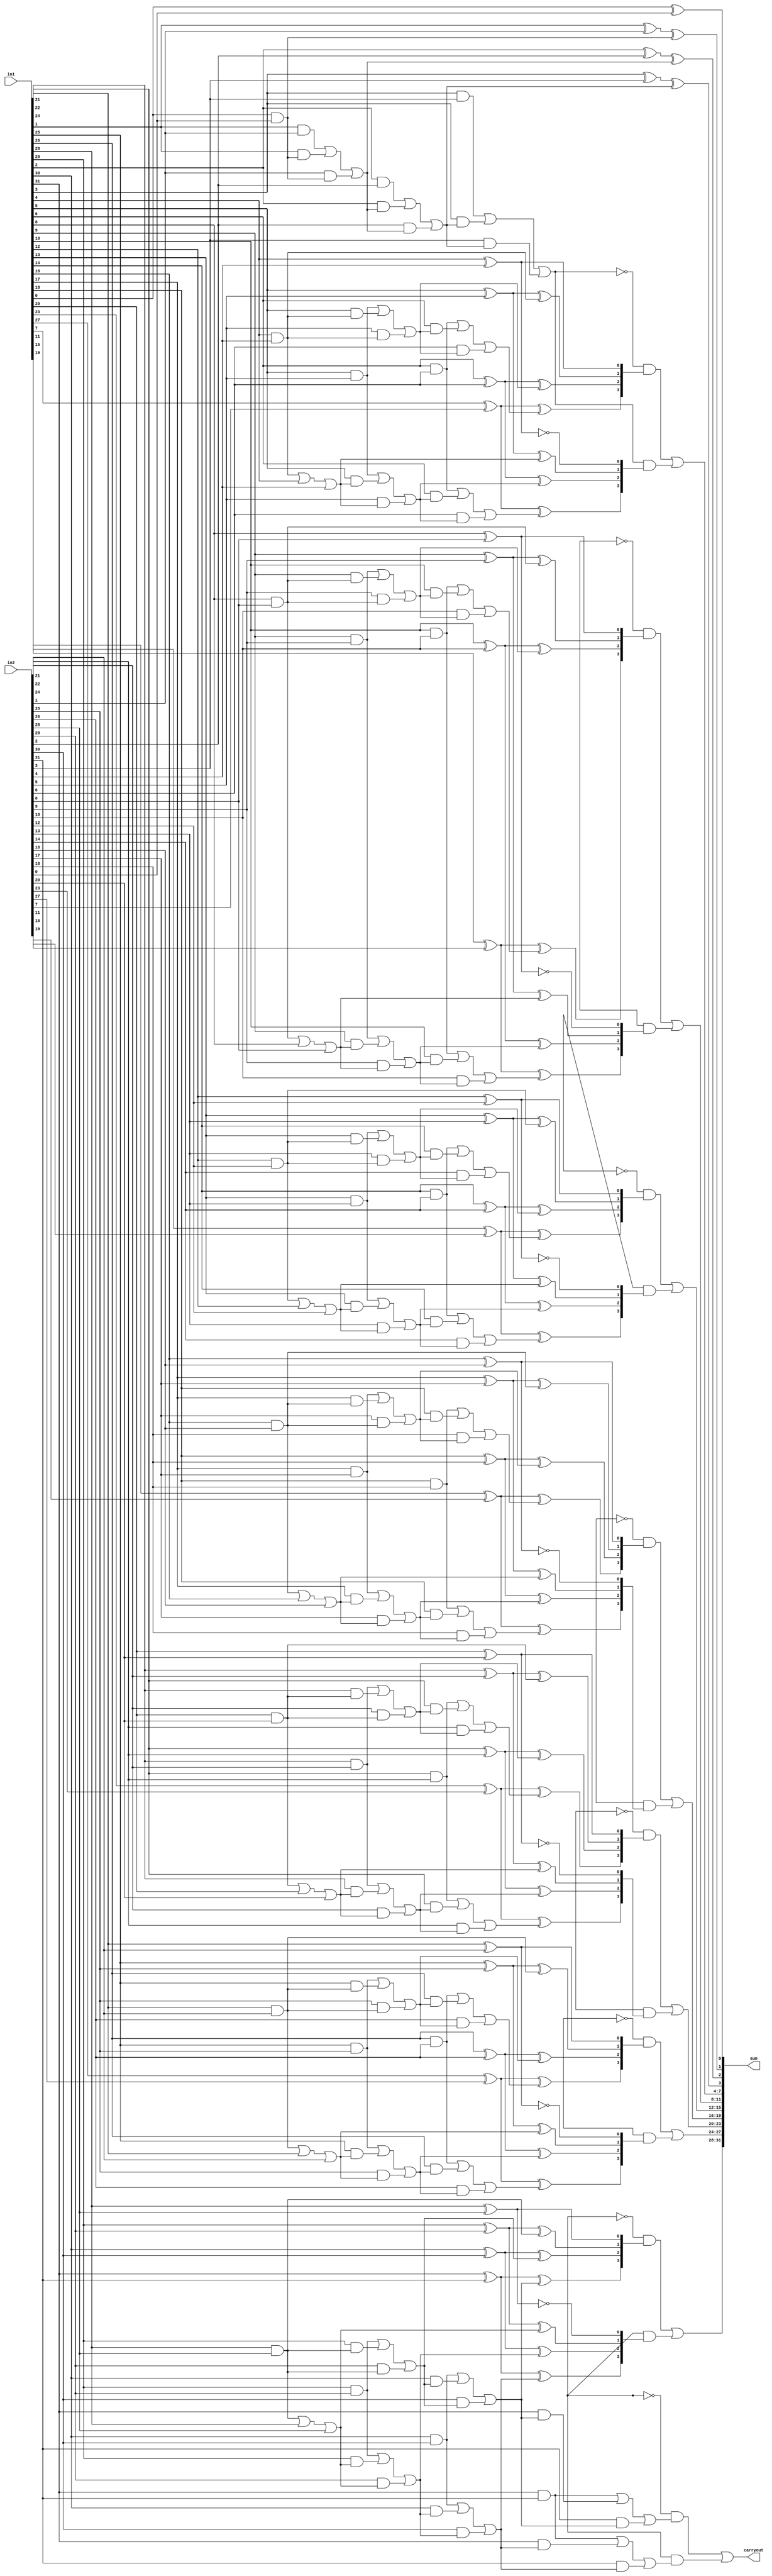
module carryselectadder32_dataflow(sum,carryout,in1,in2);
output[31:0] sum;
output carryout;
input[31:0] in1,in2;
wire carry_0,carry_1,carry_2,carry_3,carry_4,carry_5,carry_6;
wire[3:0] s1,s2,s3,s4,s5,s6,s7,s8,s9,s10,s11,s12,s13,s14;
wire[3:0] c0,c1,c2,c3,c4,c5,c6,c7,c8,c9,c10,c11,c12,c13,c14;
assign sum[0]=in1[0] ^ in2[0] ^ 1'b0;
assign c0[0]=(in1[0] & in2[0])|(in1[0] & 1'b0)|(in2[0] & 1'b0);
assign sum[1]=in1[1] ^ in2[1] ^ c0[0];
assign c0[1]=(in1[1] & in2[1])|(in1[1] & c0[0])|(in2[1] & c0[0]);
assign sum[2]=in1[2] ^ in2[2] ^ c0[1];
assign c0[2]=(in1[2] & in2[2])|(in1[2] & c0[1])|(in2[2] & c0[1]);
assign sum[3]=in1[3] ^ in2[3] ^ c0[2];
assign c0[3]=(in1[3] & in2[3])|(in1[3] & c0[2])|(in2[3] & c0[2]);

assign s1[0]=in1[4] ^ in2[4] ^ 1'b0;
assign c1[0]=(in1[4] & in2[4])|(in1[4] & 1'b0)|(in2[4] & 1'b0);
assign s1[1]=in1[5] ^ in2[5] ^ c1[0];
assign c1[1]=(in1[5] & in2[5])|(in1[5] & c1[0])|(in2[5] & c1[0]);
assign s1[2]=in1[6] ^ in2[6] ^ c1[1];
assign c1[2]=(in1[6] & in2[6])|(in1[6] & c1[1])|(in2[6] & c1[1]);
assign s1[3]=in1[7] ^ in2[7] ^ c1[2];
assign c1[3]=(in1[7] & in2[7])|(in1[7] & c1[2])|(in2[7] & c1[2]);

assign s2[0]=in1[4] ^ in2[4] ^ 1'b1;
assign c2[0]=(in1[4] & in2[4])|(in1[4] & 1'b1)|(in2[4] & 1'b1);
assign s2[1]=in1[5] ^ in2[5] ^ c2[0];
assign c2[1]=(in1[5] & in2[5])|(in1[5] & c2[0])|(in2[5] & c2[0]);
assign s2[2]=in1[6] ^ in2[6] ^ c2[1];
assign c2[2]=(in1[6] & in2[6])|(in1[6] & c2[1])|(in2[6] & c2[1]);
assign s2[3]=in1[7] ^ in2[7] ^ c2[2];
assign c2[3]=(in1[7] & in2[7])|(in1[7] & c2[2])|(in2[7] & c2[2]);

assign s3[0]=in1[8] ^ in2[8] ^ 1'b0;
assign c3[0]=(in1[8] & in2[8])|(in1[8] & 1'b0)|(in2[8] & 1'b0);
assign s3[1]=in1[9] ^ in2[9] ^ c3[0];
assign c3[1]=(in1[9] & in2[9])|(in1[9] & c3[0])|(in2[9] & c3[0]);
assign s3[2]=in1[10] ^ in2[10] ^ c3[1];
assign c3[2]=(in1[10] & in2[10])|(in1[10] & c3[1])|(in2[10] & c3[1]);
assign s3[3]=in1[11] ^ in2[11] ^ c3[2];
assign c3[3]=(in1[11] & in2[11])|(in1[11] & c3[2])|(in2[11] & c3[2]);

assign s4[0]=in1[8] ^ in2[8] ^ 1'b1;
assign c4[0]=(in1[8] & in2[8])|(in1[8] & 1'b1)|(in2[8] & 1'b1);
assign s4[1]=in1[9] ^ in2[9] ^ c4[0];
assign c4[1]=(in1[9] & in2[9])|(in1[9] & c4[0])|(in2[9] & c4[0]);
assign s4[2]=in1[10] ^ in2[10] ^ c4[1];
assign c4[2]=(in1[10] & in2[10])|(in1[10] & c4[1])|(in2[10] & c4[1]);
assign s4[3]=in1[11] ^ in2[11] ^ c4[2];
assign c4[3]=(in1[11] & in2[11])|(in1[11] & c4[2])|(in2[11] & c4[2]);

assign s5[0]=in1[12] ^ in2[12] ^ 1'b0;
assign c5[0]=(in1[12] & in2[12])|(in1[12] & 1'b0)|(in2[12] & 1'b0);
assign s5[1]=in1[13] ^ in2[13] ^ c5[0];
assign c5[1]=(in1[13] & in2[13])|(in1[13] & c5[0])|(in2[13] & c5[0]);
assign s5[2]=in1[14] ^ in2[14] ^ c5[1];
assign c5[2]=(in1[14] & in2[14])|(in1[14] & c5[1])|(in2[14] & c5[1]);
assign s5[3]=in1[15] ^ in2[15] ^ c5[2];
assign c5[3]=(in1[15] & in2[15])|(in1[15] & c5[2])|(in2[15] & c5[2]);

assign s6[0]=in1[12] ^ in2[12] ^ 1'b1;
assign c6[0]=(in1[12] & in2[12])|(in1[12] & 1'b1)|(in2[12] & 1'b1);
assign s6[1]=in1[13] ^ in2[13] ^ c6[0];
assign c6[1]=(in1[13] & in2[13])|(in1[13] & c6[0])|(in2[13] & c6[0]);
assign s6[2]=in1[14] ^ in2[14] ^ c6[1];
assign c6[2]=(in1[14] & in2[14])|(in1[14] & c6[1])|(in2[14] & c6[1]);
assign s6[3]=in1[15] ^ in2[15] ^ c6[2];
assign c6[3]=(in1[15] & in2[15])|(in1[15] & c6[2])|(in2[15] & c6[2]);

assign s7[0]=in1[16] ^ in2[16] ^ 1'b0;
assign c7[0]=(in1[16] & in2[16])|(in1[16] & 1'b0)|(in2[16] & 1'b0);
assign s7[1]=in1[17] ^ in2[17] ^ c7[0];
assign c7[1]=(in1[17] & in2[17])|(in1[17] & c7[0])|(in2[17] & c7[0]);
assign s7[2]=in1[18] ^ in2[18] ^ c7[1];
assign c7[2]=(in1[18] & in2[18])|(in1[18] & c7[1])|(in2[18] & c7[1]);
assign s7[3]=in1[19] ^ in2[19] ^ c7[2];
assign c7[3]=(in1[19] & in2[19])|(in1[19] & c7[2])|(in2[19] & c7[2]);

assign s8[0]=in1[16] ^ in2[16] ^ 1'b1;
assign c8[0]=(in1[16] & in2[16])|(in1[16] & 1'b1)|(in2[16] & 1'b1);
assign s8[1]=in1[17] ^ in2[17] ^ c8[0];
assign c8[1]=(in1[17] & in2[17])|(in1[17] & c8[0])|(in2[17] & c8[0]);
assign s8[2]=in1[18] ^ in2[18] ^ c8[1];
assign c8[2]=(in1[18] & in2[18])|(in1[18] & c8[1])|(in2[18] & c8[1]);
assign s8[3]=in1[19] ^ in2[19] ^ c8[2];
assign c8[3]=(in1[19] & in2[19])|(in1[19] & c8[2])|(in2[19] & c8[2]);

assign s9[0]=in1[20] ^ in2[20] ^ 1'b0;
assign c9[0]=(in1[20] & in2[20])|(in1[20] & 1'b0)|(in2[20] & 1'b0);
assign s9[1]=in1[21] ^ in2[21] ^ c9[0];
assign c9[1]=(in1[21] & in2[21])|(in1[21] & c9[0])|(in2[21] & c9[0]);
assign s9[2]=in1[22] ^ in2[22] ^ c9[1];
assign c9[2]=(in1[22] & in2[22])|(in1[22] & c9[1])|(in2[22] & c9[1]);
assign s9[3]=in1[23] ^ in2[23] ^ c9[2];
assign c9[3]=(in1[23] & in2[23])|(in1[23] & c9[2])|(in2[23] & c9[2]);

assign s10[0]=in1[20] ^ in2[20] ^ 1'b1;
assign c10[0]=(in1[20] & in2[20])|(in1[20] & 1'b1)|(in2[20] & 1'b1);
assign s10[1]=in1[21] ^ in2[21] ^ c10[0];
assign c10[1]=(in1[21] & in2[21])|(in1[21] & c10[0])|(in2[21] & c10[0]);
assign s10[2]=in1[22] ^ in2[22] ^ c10[1];
assign c10[2]=(in1[22] & in2[22])|(in1[22] & c10[1])|(in2[22] & c10[1]);
assign s10[3]=in1[23] ^ in2[23] ^ c10[2];
assign c10[3]=(in1[23] & in2[23])|(in1[23] & c10[2])|(in2[23] & c10[2]);

assign s11[0]=in1[24] ^ in2[24] ^ 1'b0;
assign c11[0]=(in1[24] & in2[24])|(in1[24] & 1'b0)|(in2[24] & 1'b0);
assign s11[1]=in1[25] ^ in2[25] ^ c11[0];
assign c11[1]=(in1[25] & in2[25])|(in1[25] & c11[0])|(in2[25] & c11[0]);
assign s11[2]=in1[26] ^ in2[26] ^ c11[1];
assign c11[2]=(in1[26] & in2[26])|(in1[26] & c11[1])|(in2[26] & c11[1]);
assign s11[3]=in1[27] ^ in2[27] ^ c11[2];
assign c11[3]=(in1[27] & in2[27])|(in1[27] & c11[2])|(in2[27] & c11[2]);

assign s12[0]=in1[24] ^ in2[24] ^ 1'b1;
assign c12[0]=(in1[24] & in2[24])|(in1[24] & 1'b1)|(in2[24] & 1'b1);
assign s12[1]=in1[25] ^ in2[25] ^ c12[0];
assign c12[1]=(in1[25] & in2[25])|(in1[25] & c12[0])|(in2[25] & c12[0]);
assign s12[2]=in1[26] ^ in2[26] ^ c12[1];
assign c12[2]=(in1[26] & in2[26])|(in1[26] & c12[1])|(in2[26] & c12[1]);
assign s12[3]=in1[27] ^ in2[27] ^ c12[2];
assign c12[3]=(in1[27] & in2[27])|(in1[27] & c12[2])|(in2[27] & c12[2]);

assign s13[0]=in1[28] ^ in2[28] ^ 1'b0;
assign c13[0]=(in1[28] & in2[28])|(in1[28] & 1'b0)|(in2[28] & 1'b0);
assign s13[1]=in1[29] ^ in2[29] ^ c13[0];
assign c13[1]=(in1[29] & in2[29])|(in1[29] & c13[0])|(in2[29] & c13[0]);
assign s13[2]=in1[30] ^ in2[30] ^ c13[1];
assign c13[2]=(in1[30] & in2[30])|(in1[30] & c13[1])|(in2[30] & c13[1]);
assign s13[3]=in1[31] ^ in2[31] ^ c13[2];
assign c13[3]=(in1[31] & in2[31])|(in1[31] & c13[2])|(in2[31] & c13[2]);

assign s14[0]=in1[28] ^ in2[28] ^ 1'b1;
assign c14[0]=(in1[28] & in2[28])|(in1[28] & 1'b1)|(in2[28] & 1'b1);
assign s14[1]=in1[29] ^ in2[29] ^ c14[0];
assign c14[1]=(in1[29] & in2[29])|(in1[29] & c14[0])|(in2[29] & c14[0]);
assign s14[2]=in1[30] ^ in2[30] ^ c14[1];
assign c14[2]=(in1[30] & in2[30])|(in1[30] & c14[1])|(in2[30] & c14[1]);
assign s14[3]=in1[31] ^ in2[31] ^ c14[2];
assign c14[3]=(in1[31] & in2[31])|(in1[31] & c14[2])|(in2[31] & c14[2]);

assign carry_0=c0[3];

assign sum[7:4]=(~(carry_0) & s1) | (carry_0 & s2);
assign carry1=(~(carry_0) & c1[3]) | (carry_0 & c2[3]);

assign sum[11:8]=(~(carry_1) & s3) | (carry_1 & s4);
assign carrry2=(~(carry_1) & c3[3]) | (carry_1 & c4[3]);

assign sum[15:12]=(~(carry_2) & s5) | (carry_2 & s6);
assign car3=(~(carry_2) & c5[3]) | (carry_2 & c6[3]);

assign sum[19:16]=(~(carry_3) & s7) | (carry_3 & s8);
assign car4=(~(carry_3) & c7[3]) | (carry_3 & c8[3]);

assign sum[23:20]=(~(carry_4) & s9) | (carry_4 & s10);
assign car5=(~(carry_4) & c9[3]) | (carry_4 & c10[3]);

assign sum[27:24]=(~(carry_5) & s11) | (carry_5 & s12);
assign car6=(~(carry_5) & c11[3]) | (carry_5 & c12[3]);

assign sum[31:28]=(~(carry_6) & s13) | (carry_6 & s14);
assign carryout=(~(carry_6) & c13[3]) | (carry_6 & c14[3]);
endmodule